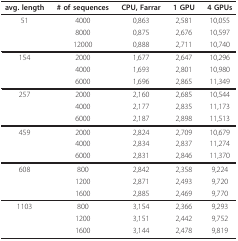
<table><thead><tr><td><b>avg. length</b></td><td><b># of sequences</b></td><td><b>CPU, Farrar</b></td><td><b>1 GPU</b></td><td><b>4 GPUs</b></td></tr></thead><tbody><tr><td>51</td><td>4000</td><td>0,863</td><td>2,581</td><td>10,055</td></tr><tr><td></td><td>8000</td><td>0,875</td><td>2,676</td><td>10,597</td></tr><tr><td></td><td>12000</td><td>0,888</td><td>2,711</td><td>10,740</td></tr><tr><td>154</td><td>2000</td><td>1,677</td><td>2,647</td><td>10,296</td></tr><tr><td></td><td>4000</td><td>1,693</td><td>2,801</td><td>10,980</td></tr><tr><td></td><td>6000</td><td>1,696</td><td>2,865</td><td>11,349</td></tr><tr><td>257</td><td>2000</td><td>2,160</td><td>2,685</td><td>10,544</td></tr><tr><td></td><td>4000</td><td>2,177</td><td>2,835</td><td>11,173</td></tr><tr><td></td><td>6000</td><td>2,187</td><td>2,898</td><td>11,513</td></tr><tr><td>459</td><td>2000</td><td>2,824</td><td>2,709</td><td>10,679</td></tr><tr><td></td><td>4000</td><td>2,834</td><td>2,837</td><td>11,274</td></tr><tr><td></td><td>6000</td><td>2,831</td><td>2,846</td><td>11,370</td></tr><tr><td>608</td><td>800</td><td>2,842</td><td>2,358</td><td>9,224</td></tr><tr><td></td><td>1200</td><td>2,871</td><td>2,493</td><td>9,720</td></tr><tr><td></td><td>1600</td><td>2,885</td><td>2,469</td><td>9,770</td></tr><tr><td>1103</td><td>800</td><td>3,154</td><td>2,366</td><td>9,293</td></tr><tr><td></td><td>1200</td><td>3,151</td><td>2,442</td><td>9,752</td></tr><tr><td></td><td>1600</td><td>3,144</td><td>2,478</td><td>9,819</td></tr></tbody></table>